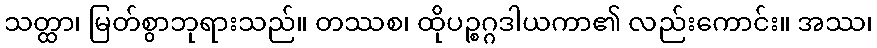
သတ္ထာ၊ မြတ်စွာဘုရားသည်။ တဿစ၊ ထိုပဉ္စဂ္ဂဒါယကာ၏ လည်းကောင်း။ အဿ၊